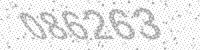
Solution: 086263